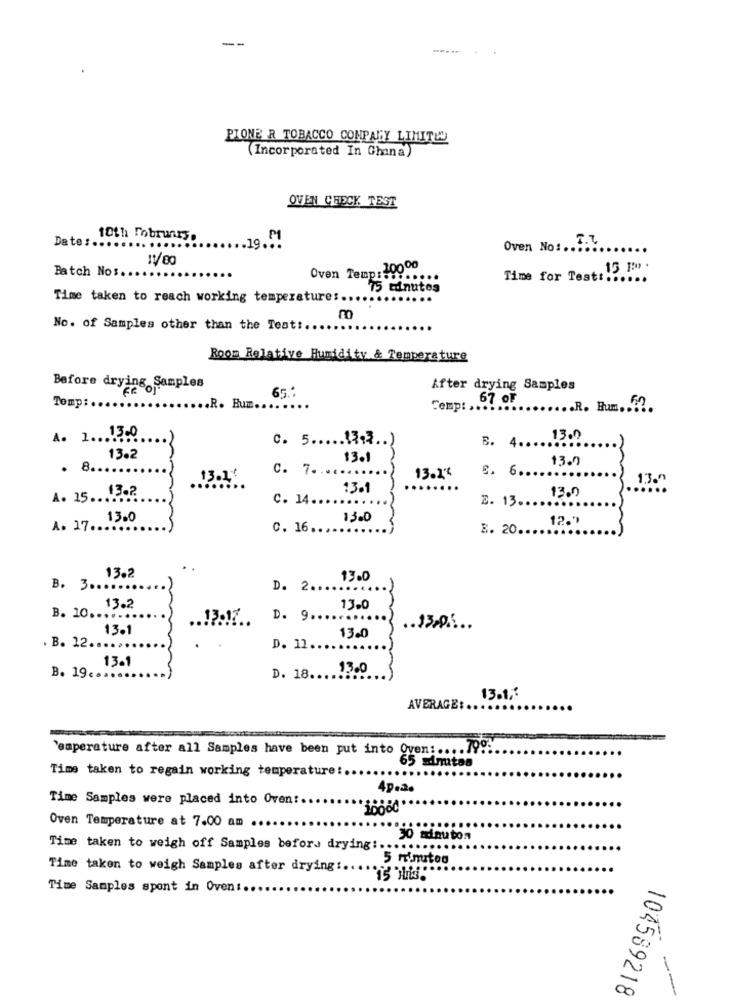
PIONE R TOBACCO COMPANY LIMITED
(Incorporated In Ghana)
OVEN CHECK TEST
Date :.
10th February.
Oven No :. T.L
...... 19 .!!
11/80
Batch Nos.
Oven Temp: 10000
Time for Test: 15 1 .
75 Minutos
Time taken to reach working temperature :.
No. of Samples other than the Test :...
Room Relative Humidity & Temperature
Before drying ..
65 .:
After drying Samples
67 oF
Tomp:
.... R. Hum ..
Temp :...
..... R. Hum ....
A. 1 .... 3.0
c. 5 ..... 13.3 .. )
B. 4 ...
13.0
13.2
13.1
13.0
.
8.
C. 7 ...
13.2%
6. 6 ..
13.1
13.0
A. 15 .. 13.2
13.1
..
C. 14 ..
3. 13 ..
13.0
13.0
1300
12.1
A. 17 ..
C. 16 ..
B. 20 ..
13.2
13.0
B. 3 ......
D. 2 ..
B. 10 ..
13.2
13.0
.. 13.17.
D. 9 ...
13.1
.. 13.0 ....
13.0
. B. 12 ...
D. 11.
13.1
13.0
B. 19 ..
D. 18 ...
13.12
AVERAGE :.
'emperature after all Samples have been put into Oven :.... 79 ...
Time taken to regain working temperature :.
49.2.
Time Samples were placed into Oven :.
Oven Temperature at 7.00 am ..
30 adauton
Time taken to weigh off Samples before drying :.........
5 minutos
Time taken to weigh Samples after drying :....
Time Samples spont in Oven :..
104589218